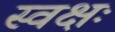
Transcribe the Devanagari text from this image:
स्वक्षः